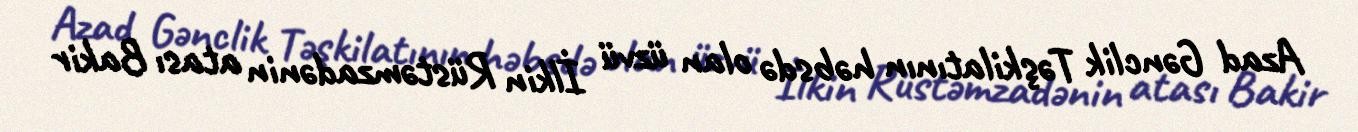
Azad Gənclik Təşkilatının həbsdə olan üzvü İlkin Rüstəmzadənin atası Bakir